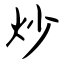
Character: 炒